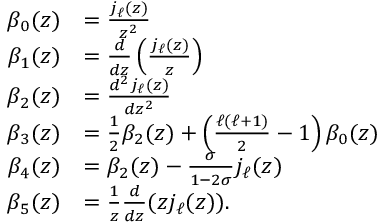
\begin{array} { r l } { \beta _ { 0 } ( z ) } & { = \frac { j _ { \ell } ( z ) } { z ^ { 2 } } } \\ { \beta _ { 1 } ( z ) } & { = \frac { d } { d z } \left( \frac { j _ { \ell } ( z ) } { z } \right) } \\ { \beta _ { 2 } ( z ) } & { = \frac { d ^ { 2 } j _ { \ell } ( z ) } { d z ^ { 2 } } } \\ { \beta _ { 3 } ( z ) } & { = \frac { 1 } { 2 } \beta _ { 2 } ( z ) + \left( \frac { \ell ( \ell + 1 ) } { 2 } - 1 \right) \beta _ { 0 } ( z ) } \\ { \beta _ { 4 } ( z ) } & { = \beta _ { 2 } ( z ) - \frac { \sigma } { 1 - 2 \sigma } j _ { \ell } ( z ) } \\ { \beta _ { 5 } ( z ) } & { = \frac 1 z \frac { d } { d z } ( z j _ { \ell } ( z ) ) . } \end{array}